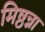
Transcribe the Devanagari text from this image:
मिष्ठन्ना